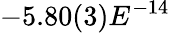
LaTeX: -5.80(3)E^{-14}